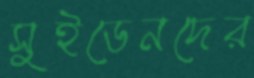
সুইডেনদের